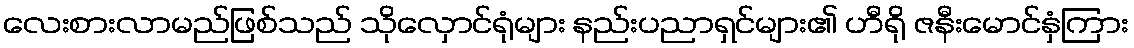
လေးစားလာမည်ဖြစ်သည် သိုလှောင်ရုံများ နည်းပညာရှင်များ၏ ဟီရို ဇနီးမောင်နှံကြား